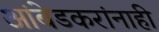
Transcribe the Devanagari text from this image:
आंबेडकरांनाही